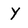
Character: Y